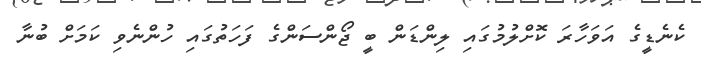
ކެނެޑީގެ އަވަހާރަ ކޮށްލުމުގައި ލިންޑަން ބީ ޖޯންސަންގެ ފަހަތުގައި ހުންނެވި ކަމަށް ބުނާ